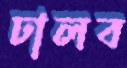
ঢালব